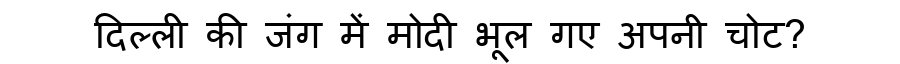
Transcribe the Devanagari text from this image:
दिल्ली की जंग में मोदी भूल गए अपनी चोट?